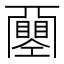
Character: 𢀰